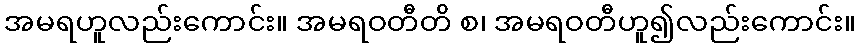
အမရဟူလည်းကောင်း။ အမရဝတီတိ စ၊ အမရဝတီဟူ၍လည်းကောင်း။